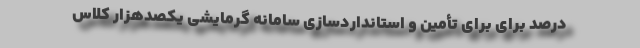
درصد برای برای تأمین و استانداردسازی سامانه گرمایشی یکصدهزار کلاس